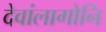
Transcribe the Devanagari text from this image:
देवांलागोनि